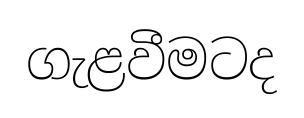
ගැළවීමටද